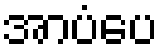
အာပံပေ